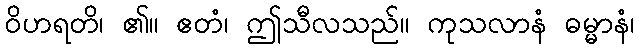
ဝိဟရတိ၊ ၏။ ဧတံ၊ ဤသီလသည်။ ကုသလာနံ ဓမ္မာနံ၊